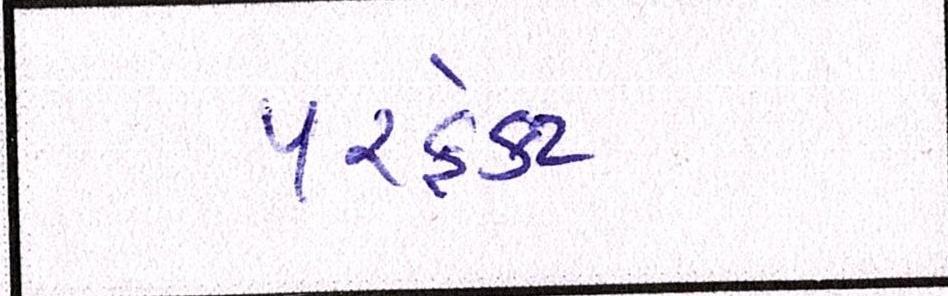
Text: પરફેક્ટ